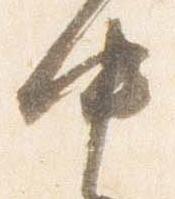
中